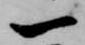
一